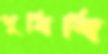
পুষিবি